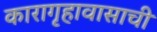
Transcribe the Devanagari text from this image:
कारागृहावासाची